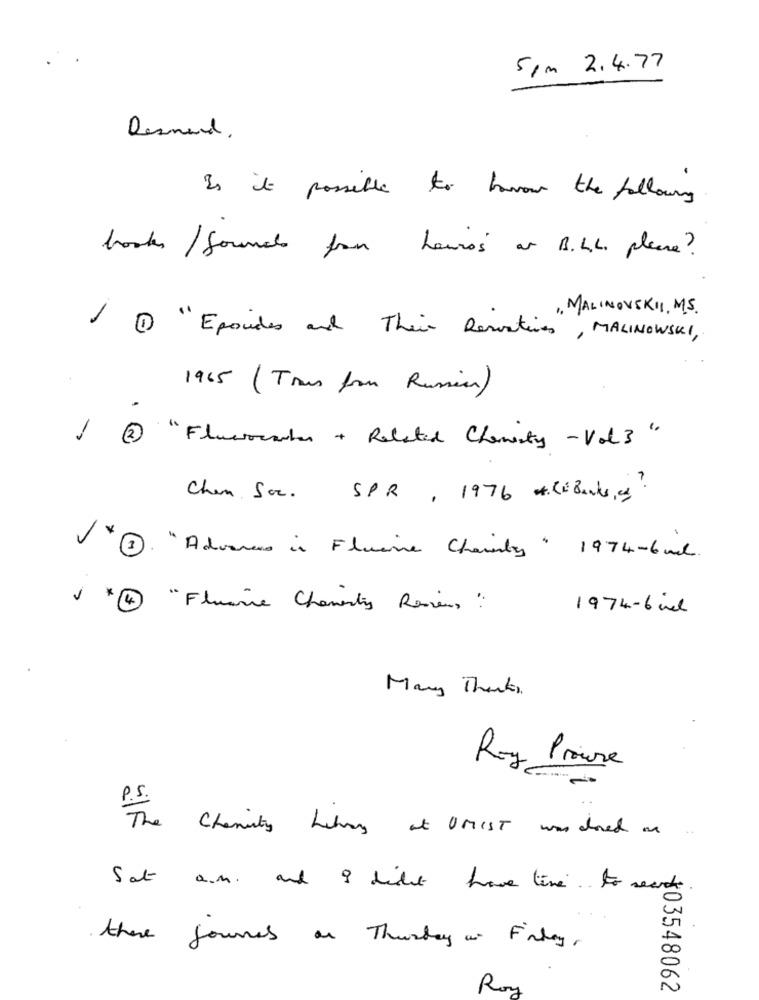
5pm 2.4.77
Desmed.
Is it possible to have the following
books / sounds from Leuros or B.LL. please ?
1. MALINOVSKI, MS.
1 1 "Epocades and Their Remostives , MALINOWSKI,
1965 (Trans from Russia)
-
2
" Fluxorater + Related Charity - Vol 3 "
Chen. Soc . SPR , 1976 # 28Banks , 9 ?
1. " Adverses is Flusine Chainby " 1974-6 il .
I * 4 " Flusie Chavertis Reviens
1974-6il
Many Thanks.
Roy Prouve
The Charity hilary at OMIST was closed on
Sat a.m. and I didn't have time to search
there Journes on Thursday on Friday,
Roy
$03548062